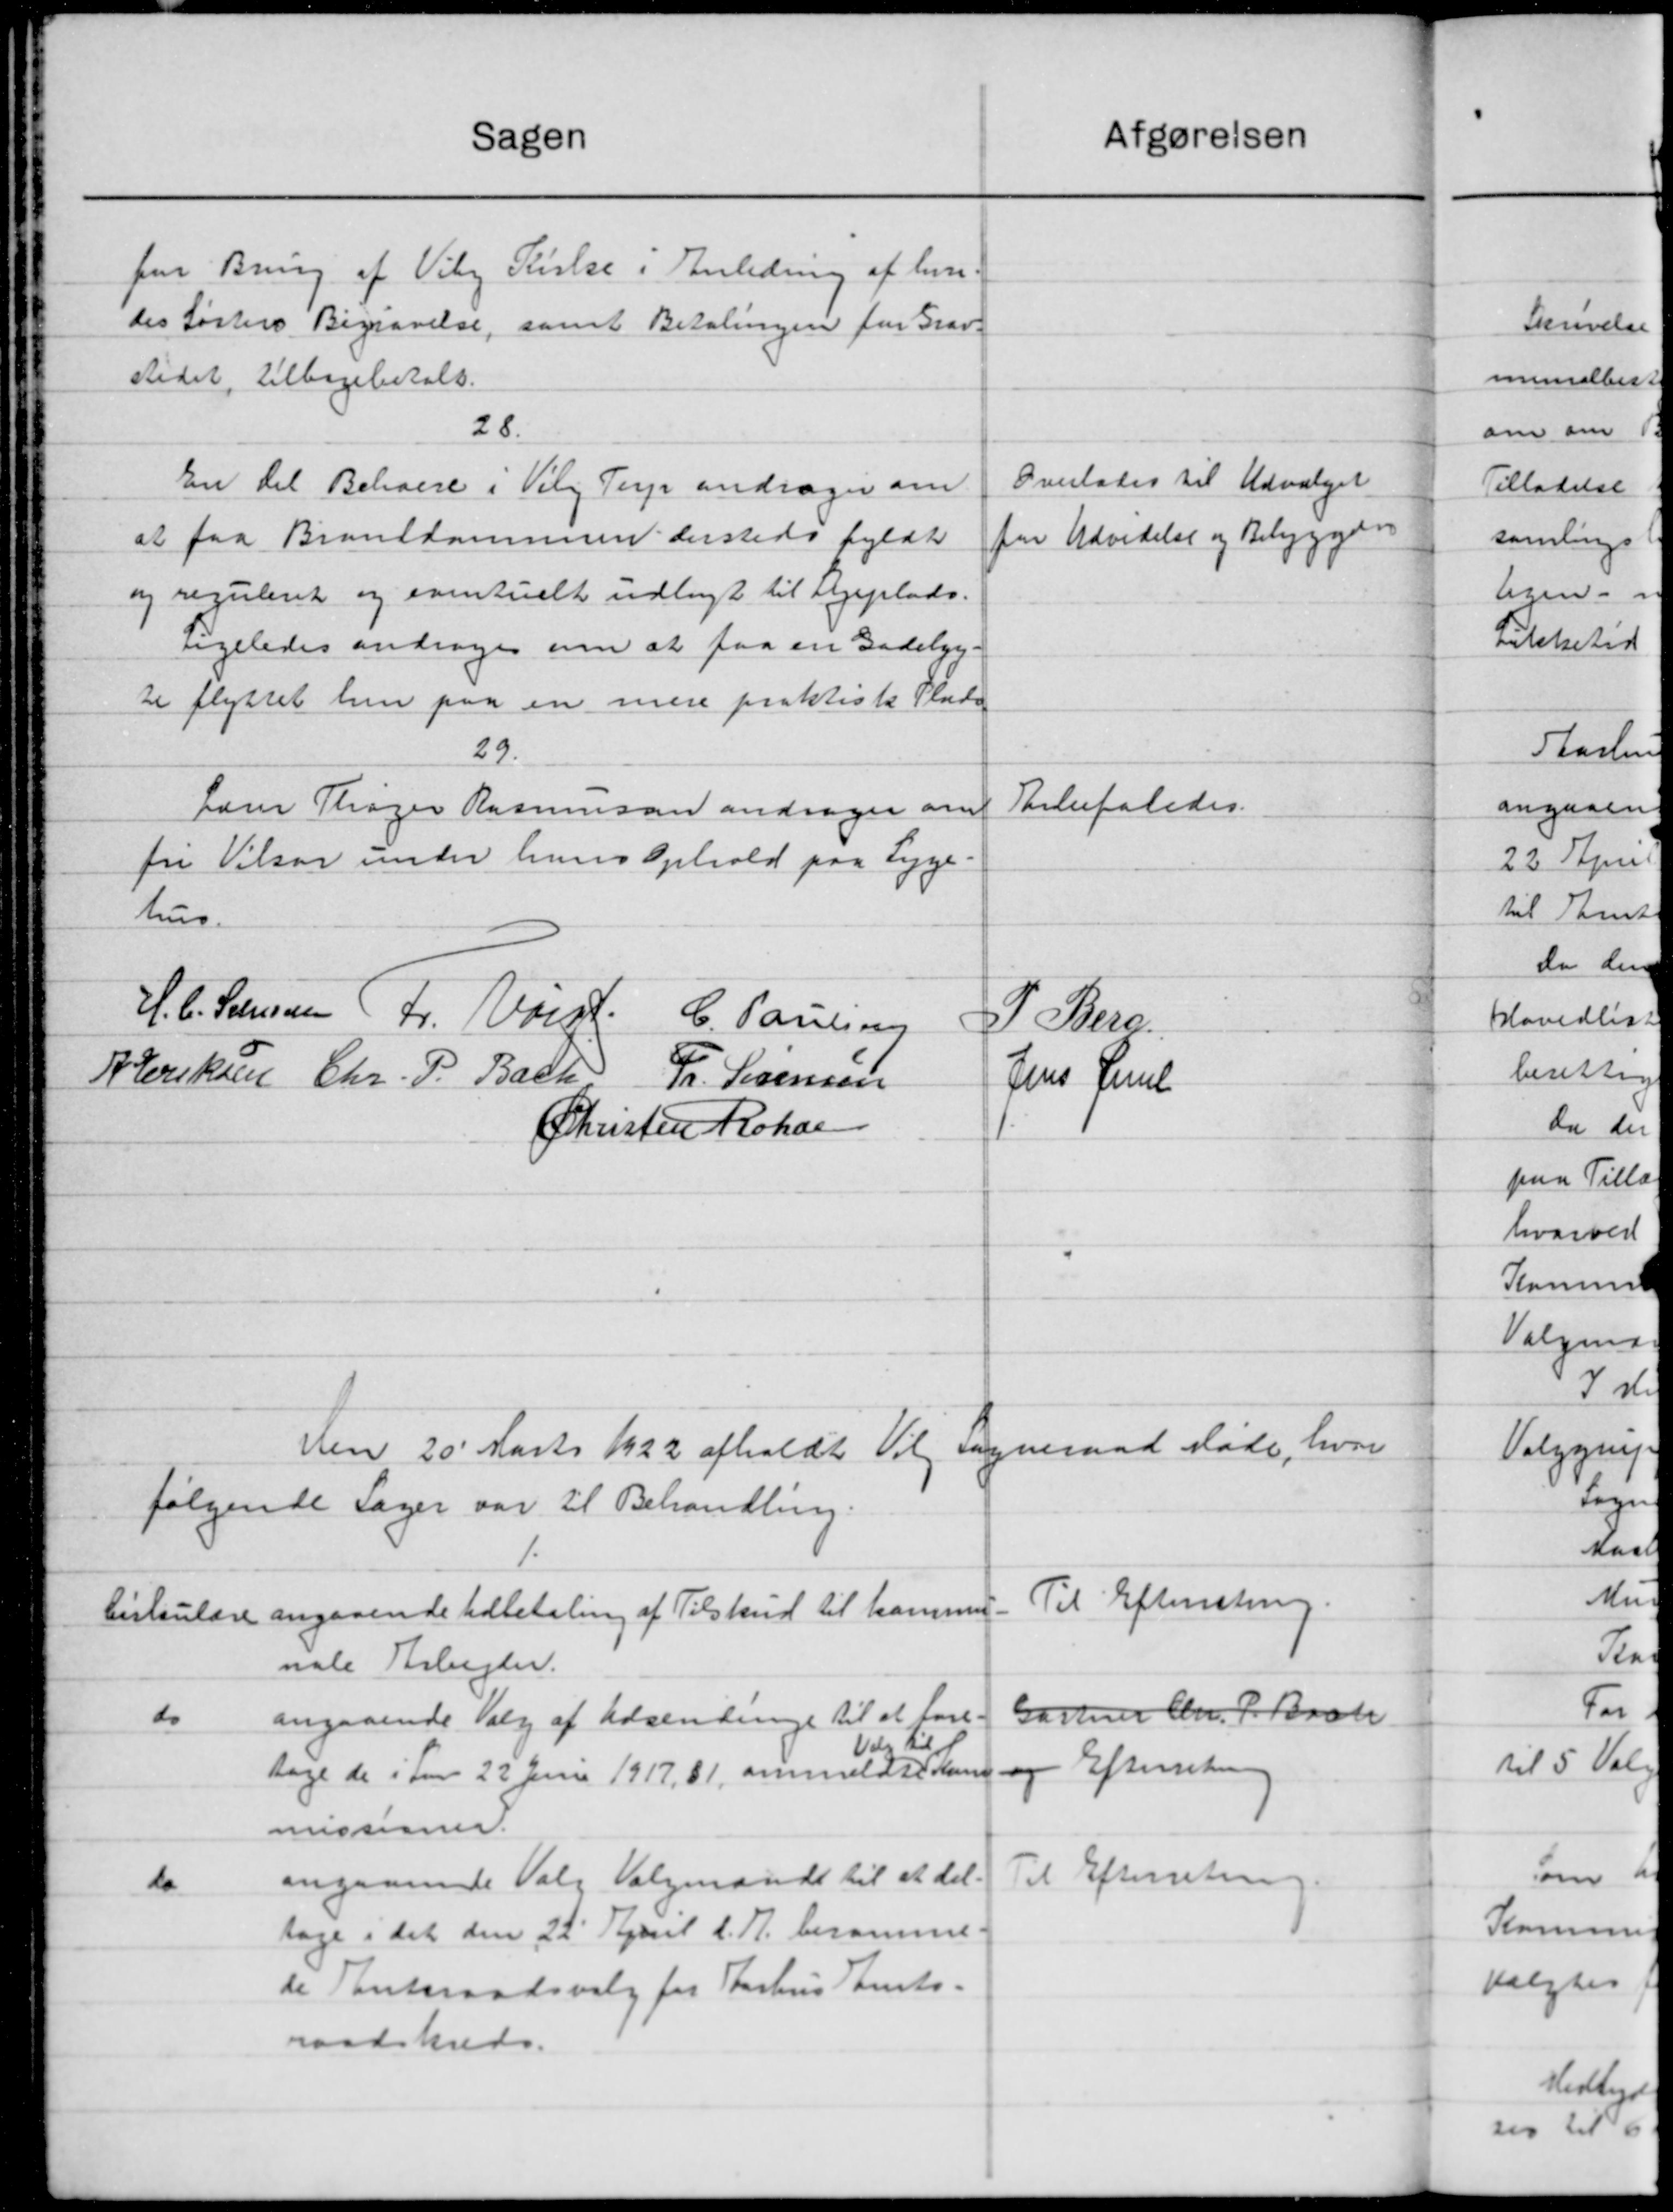
Transskription:
Afgørelsen
Sagen
for Bring af Viby Kirke i Anledning af hen-
des løsters Begravelse, samt Betalingen for Grav-
stedet, tilbagebetalt.
28.
Overlades til Udvalget
En til Beboere i Vily Terp andrager om
fra Udvidelse og Bebyggere
at faa Branddammen dersteds fyldt
og reguleret og eventuelt udlagt til sygeplads.
Ligeledes andrager om at faa en Gadebyg-
te flyttet hen paa en mere praktiske Plads
29.
Anbefaledes.
Lærer Thøger Rasmussen andrager om
fri Vilson under hans Ophold paa Syge
hus.
H. C. Sørensen Fr. Valgt C. Poulsen
P. Stue.
P Eriksen Chr. P. Bach Fr. Sørensen
Jens Jens
Christen Rohde
den 20' Marts 1922 afholdt Vil Sogneraad Møde, hvor
følgende Sager var til Behandling.
Til Efterretning.
Cirkulære angaaende Udbetaling af Tilskud til kommer.
nale Arbejder.
Gartner Chr. P. Bach
do
angaaende Valg af Udsendinge til at fore-
Vd til
Efterretning
tage de i den 22 Juni 1917, 81, anmeldte Kom
missioner.
Til Efterretning.
angaaende Valg Valgmand til at del.
do
tage i det den 22' April d. A. beramme
de Amtsraadsvalg for Aarhus Samts-
raadskreds.